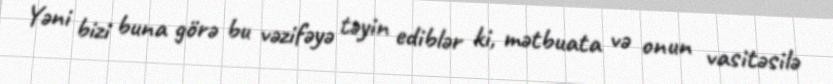
Yəni bizi buna görə bu vəzifəyə təyin ediblər ki, mətbuata və onun vasitəsilə